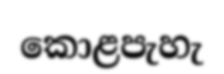
කොළපැහැ